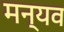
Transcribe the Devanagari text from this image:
मन्यव